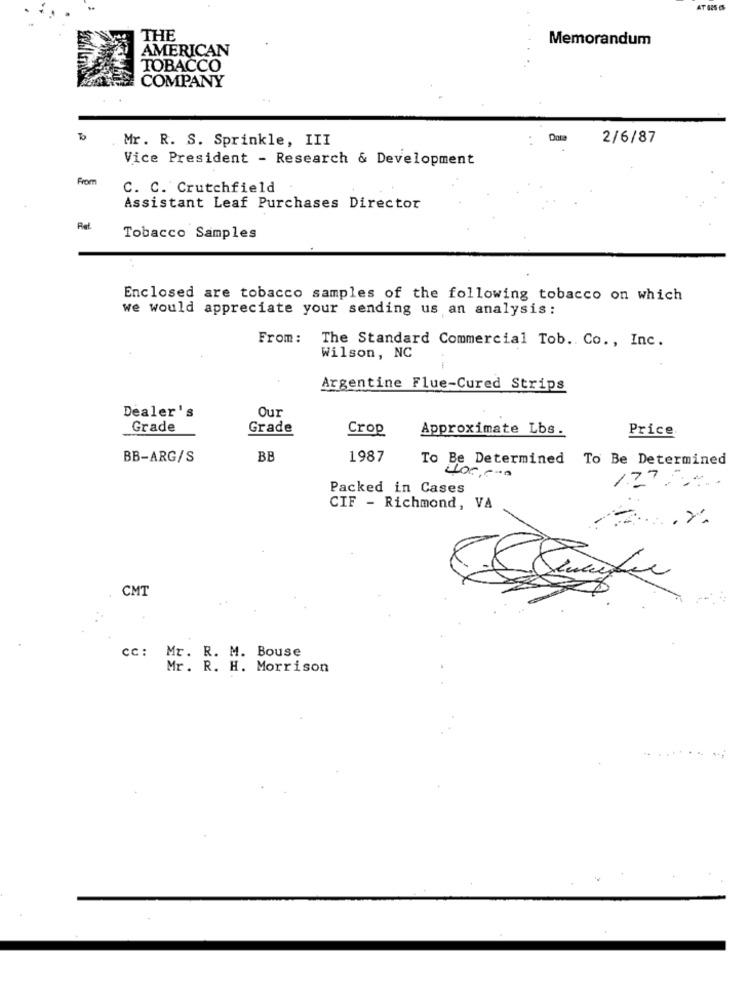
THE
Memorandum
AMERICAN
TOBACCO
COMPANY
To
Mr. R. S. Sprinkle, III
Data
2/6/87
Vice President - Research & Development
From
C. C. Crutchfield
Assistant Leaf Purchases Director
Pel
Tobacco Samples
Enclosed are tobacco samples of the following tobacco on which
we would appreciate your sending us an analysis:
From: The Standard Commercial Tob. Co ., Inc.
Wilson, NC
Argentine Flue-Cured Strips
Dealer's
Our
Grade
Grade
Crop
Approximate Lbs.
Price.
BB-ARG/S
BB
1987
To Be Determined
To Be Determined
Packed in Cases
CIF - Richmond, VA
CMT
cc: Mr. R. M. Bouse
Mr. R. H. Morrison